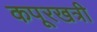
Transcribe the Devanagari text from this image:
कपूरखत्री